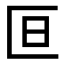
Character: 𫧍